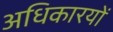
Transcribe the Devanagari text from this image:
अधिकारयों